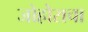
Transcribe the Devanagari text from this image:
जोहोराचा